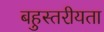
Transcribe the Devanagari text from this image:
बहुस्तरीयता